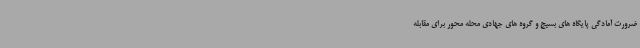
ضرورت آمادگی پایگاه های بسیج و گروه های جهادی محله محور برای مقابله